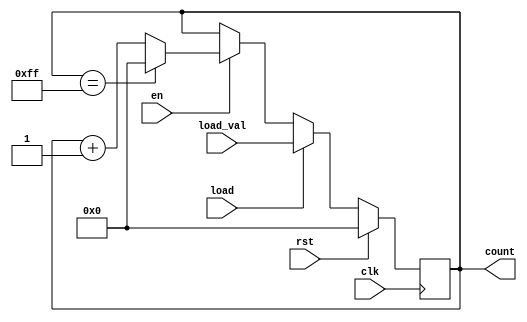
module synchronous_load_counter (
    input wire clk,          // Clock signal
    input wire rst,          // Reset signal (active high)
    input wire load,         // Load signal
    input wire [7:0] load_val, // External value to load (8-bit for example)
    input wire en,          // Enable signal
    output reg [7:0] count   // Current count value (8-bit for example)
);

    // Parameter for maximum count value (optional)
    parameter MAX_COUNT = 255; // 8-bit counter max value

    // Synchronous reset and load logic
    always @(posedge clk) begin
        if (rst) begin
            count <= 8'b0; // Reset the counter to zero
        end else if (load) begin
            count <= load_val; // Load the external value
        end else if (en) begin
            if (count == MAX_COUNT) begin
                count <= 8'b0; // Wrap around to zero on overflow
            end else begin
                count <= count + 1; // Increment the counter
            end
        end
    end

endmodule